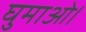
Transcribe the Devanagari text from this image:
घुमाओ।